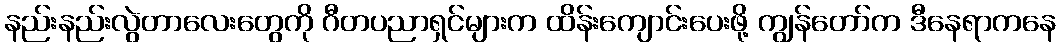
နည်းနည်းလွဲတာလေးတွေကို ဂီတပညာရှင်များက ထိန်းကျောင်းပေးဖို့ ကျွန်တော်က ဒီနေရာကနေ